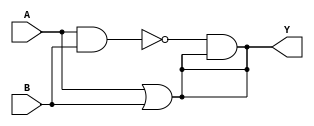
module xor_gate(
    input A,
    input B,
    output Y
);

wire C;

and (C, A, B);
or (Y, A, B);
not (N, C);
and (Y, N, Y);

endmodule